Madras plague regulations and rules - Volume 2
Disease focus: Plague
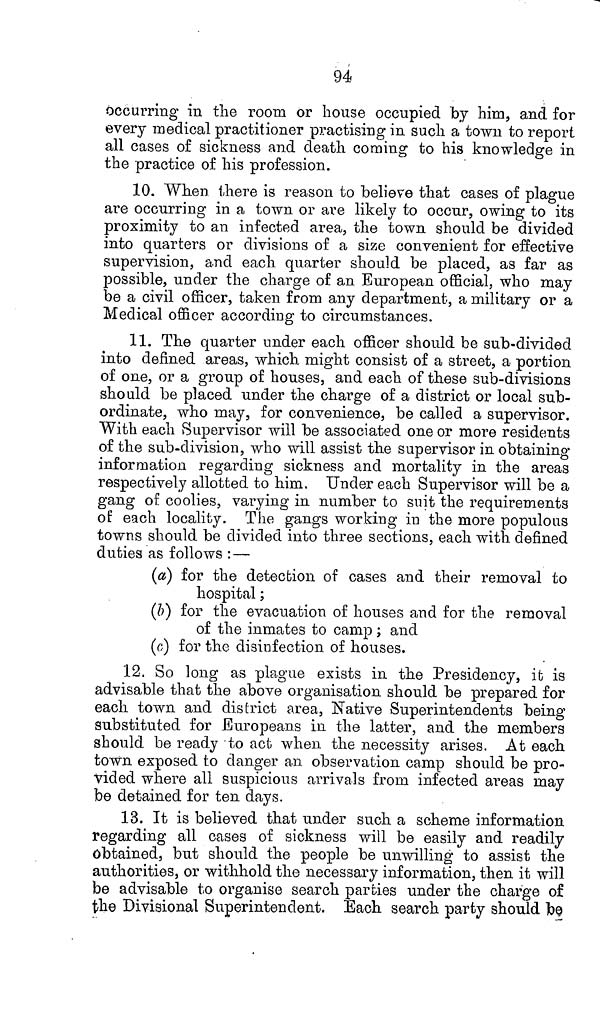
94
occurring in the room or house occupied by him, and for
every medical practitioner practising in such a town to report
all cases of sickness and death coming to his knowledge in
the practice of his profession.
10. When there is reason to believe that cases of plague
are occurring in a town or are likely to occur, owing to its
proximity to an infected area, the town should be divided
into quarters or divisions of a size convenient for effective
supervision, and each quarter should be placed, as far as
possible, under the charge of an European official, who may
be a civil officer, taken from any department, a military or a
Medical officer according to circumstances.
11. The quarter under each officer should be sub-divided
into defined areas, which might consist of a street, a portion
of one, or a group of houses, and each of these sub-divisions
should be placed under the charge of a district or local sub-
ordinate, who may, for convenience, be called a supervisor.
With each Supervisor will be associated one or more residents
of the sub-division, who will assist the supervisor in obtaining
information regarding sickness and mortality in the areas
respectively allotted to him. Under each Supervisor will be a
gang of coolies, varying in number to suit the requirements
of each locality. The gangs working in the more populous
towns should be divided into three sections, each with defined
duties as follows:—
(a) for the detection of cases and their removal to
hospital;
(b) for the evacuation of houses and for the removal
of the inmates to camp; and
(c) for the disinfection of houses.
12. So long as plague exists in the Presidency, it is
advisable that the above organisation should be prepared for
each town and district area, Native Superintendents being
substituted for Europeans in the latter, and the members
should be ready -to act when the necessity arises. At each
town exposed to danger an observation camp should be pro-
vided where all suspicious arrivals from infected areas may
be detained for ten days.
13. It is believed that under such a scheme information
regarding all cases of sickness will be easily and readily
obtained, but should the people be unwilling to assist the
authorities, or withhold the necessary information, then it will
be advisable to organise search parties under the charge of
the Divisional Superintendent. Each search party should be